Indian journal of veterinary science and animal husbandry - Volume 14,
Year: 1944
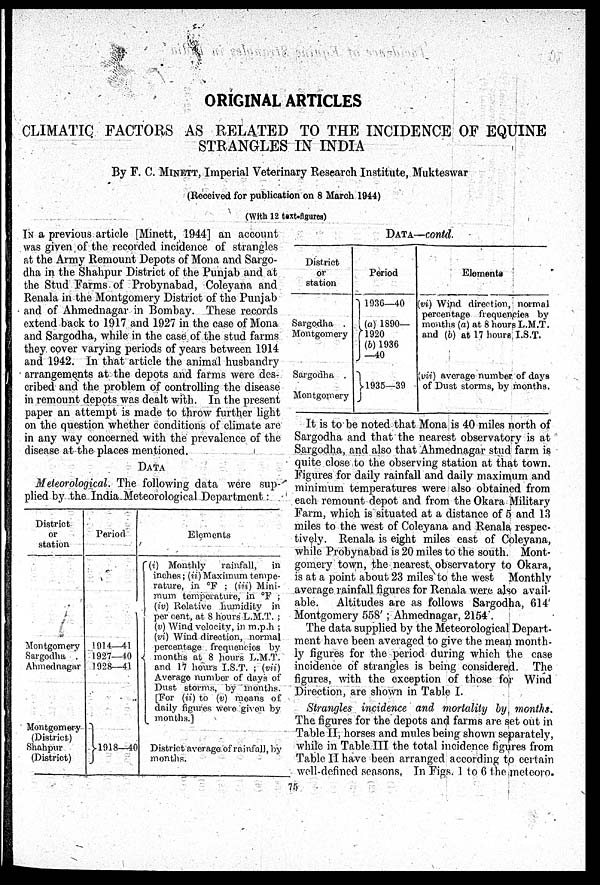
ORIGINAL ARTICLES
CLIMATIC FACTORS AS RELATED TO THE INCIDENCE OF EQUINE
STRANGLES IN INDIA
By F. C. MINETT, Imperial Veterinary Research Institute, Mukteswar
(Received for publication on 8 March 1944)
(With 12 text-figures)
IN a previous article [Minett, 1944] an account
was given of the recorded incidence of strangles
at the Army Remount Depots of Mona and Sargo-
dha in the Shahpur District of the Punjab and at
the Stud Farms of Probynabad, Coleyana and
Renala in the Montgomery District of the Punjab
and of Ahmednagar in Bombay. These records
extend back to 1917 and 1927 in the case of Mona
and Sargodha, while in the case of the stud farms
they cover varying periods of years between 1914
and 1942. In that article the animal husbandry
arrangements at the depots and farms were des-
cribed and the problem of controlling the disease
in remount depots was dealt with. In the present
paper an attempt is made to throw further light
on the question whether conditions of climate are
in any way concerned with the prevalence of the
disease at the places mentioned.
DATA
Meteorological. The following data were sup-
plied by the India Meteorological Department:
District
or
station
Montgomery
Sargodha .
Ahmednagar
Montgomery
(District)
Shahpur
(District)
Period
1914—41
1927—40
1928—41
1918—40
Elements
(i) Monthly
rainfall,
in
inches; (ii)Maximum tempe-
rature, in °F : (iii) Mini-
mum temperature, in °F ;
(iv) Relative humidity in
per cent, at 8 hours L.M.T. ;
(v) Wind volocity, in m.p.h ;
(vi) Wind direction, normal
percentage frequencies by
months at 8 hours L.M.T.
and 17 hours I.S.T. ; (vii)
Average number of days of
Dust storms, by months.
[For (ii) to (v) means of
daily figures were given by
months.]
District average of rainfall, by
months.
DATA—contd.
District
or
station
Sargodha
Montgomery
Sargodha .
Montgomery
Period
1936—40
(a)1890—
1920
(b)1936
—40
1935—39
Elements
(vi) Wind direction, normal
percentage frequencies by
months (a) at 8 hours L.M.T.
and (b) at 17 hours I.S.T.
(vii) average number of days
of Dust storms, by months.
It is to be noted that Mona is 40 miles north of
Sargodha and that the nearest observatory is at
Sargodha, and also that Ahmednagar stud farm is
quite close to the observing station at that town.
Figures for daily rainfall and daily maximum and
minimum temperatures were also obtained from
each remount depot and from the Okara Military
Farm, which is situated at a distance of 5 and 13
miles to the west of Coleyana and Renala respec-
tively. Renala is eight miles east of Coleyana,
while Probynabad is 20 miles to the south. Mont-
gomery town, the nearest observatory to Okara,
is at a point about 23 miles to the west Monthly
average rainfall figures for Renala were also avail-
able.
Altitudes are as follows Sargodha, 614
Montgomery 558 ; Ahmednagar, 2154 .
The data supplied by the Meteorological Depart-
ment have been averaged to give the mean month-
ly figures for the period during which the case
incidence of strangles is being considered. The
figures, with the exception of those for Wind
Direction, are shown in Table I.
Strangles incidence and mortality by months.
The figures for the depots and farms are set out in
Table II, horses and mules being shown separately,
while in Table III the total incidence figures from
Table II have been arranged according to certain
well-defined seasons. In Figs. 1 to 6 the meteoro.
75